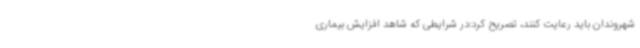
شهروندان باید رعایت کنند، تصریح کرد:در شرایطی که شاهد افزایش بیماری